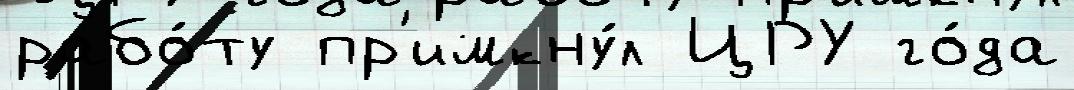
рабо́ту пр'имкну́л ЦРУ го́да